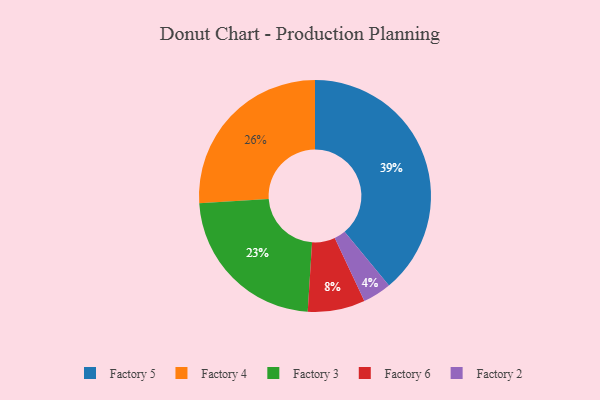
{"axis": {"x": "Category", "y": "Percentage"}, "legend": ["Factory 2", "Factory 3", "Factory 4", "Factory 5", "Factory 6"], "data": [{"x": "Factory 5", "y": 39, "type": "Factory 5"}, {"x": "Factory 4", "y": 26, "type": "Factory 4"}, {"x": "Factory 3", "y": 23, "type": "Factory 3"}, {"x": "Factory 6", "y": 8, "type": "Factory 6"}, {"x": "Factory 2", "y": 4, "type": "Factory 2"}]}